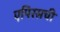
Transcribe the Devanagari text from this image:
एपिरसची